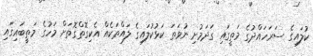
ކުލައިގެ ސަރަހައްދުގެ މަތީގައި ގަދަމުށި ނުވަތަ ކަޅުކުލައިގެ ލައްތަކެއް އެކިގޮތްގޮތަށް މަހުގެ މަތީބައިގައި